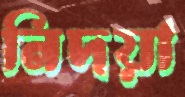
নিদয়া